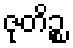
ဇုတိဉ္စ